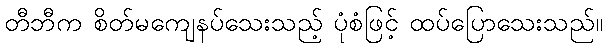
တီဘီက စိတ်မကျေနပ်သေးသည့် ပုံစံဖြင့် ထပ်ပြောသေးသည်။